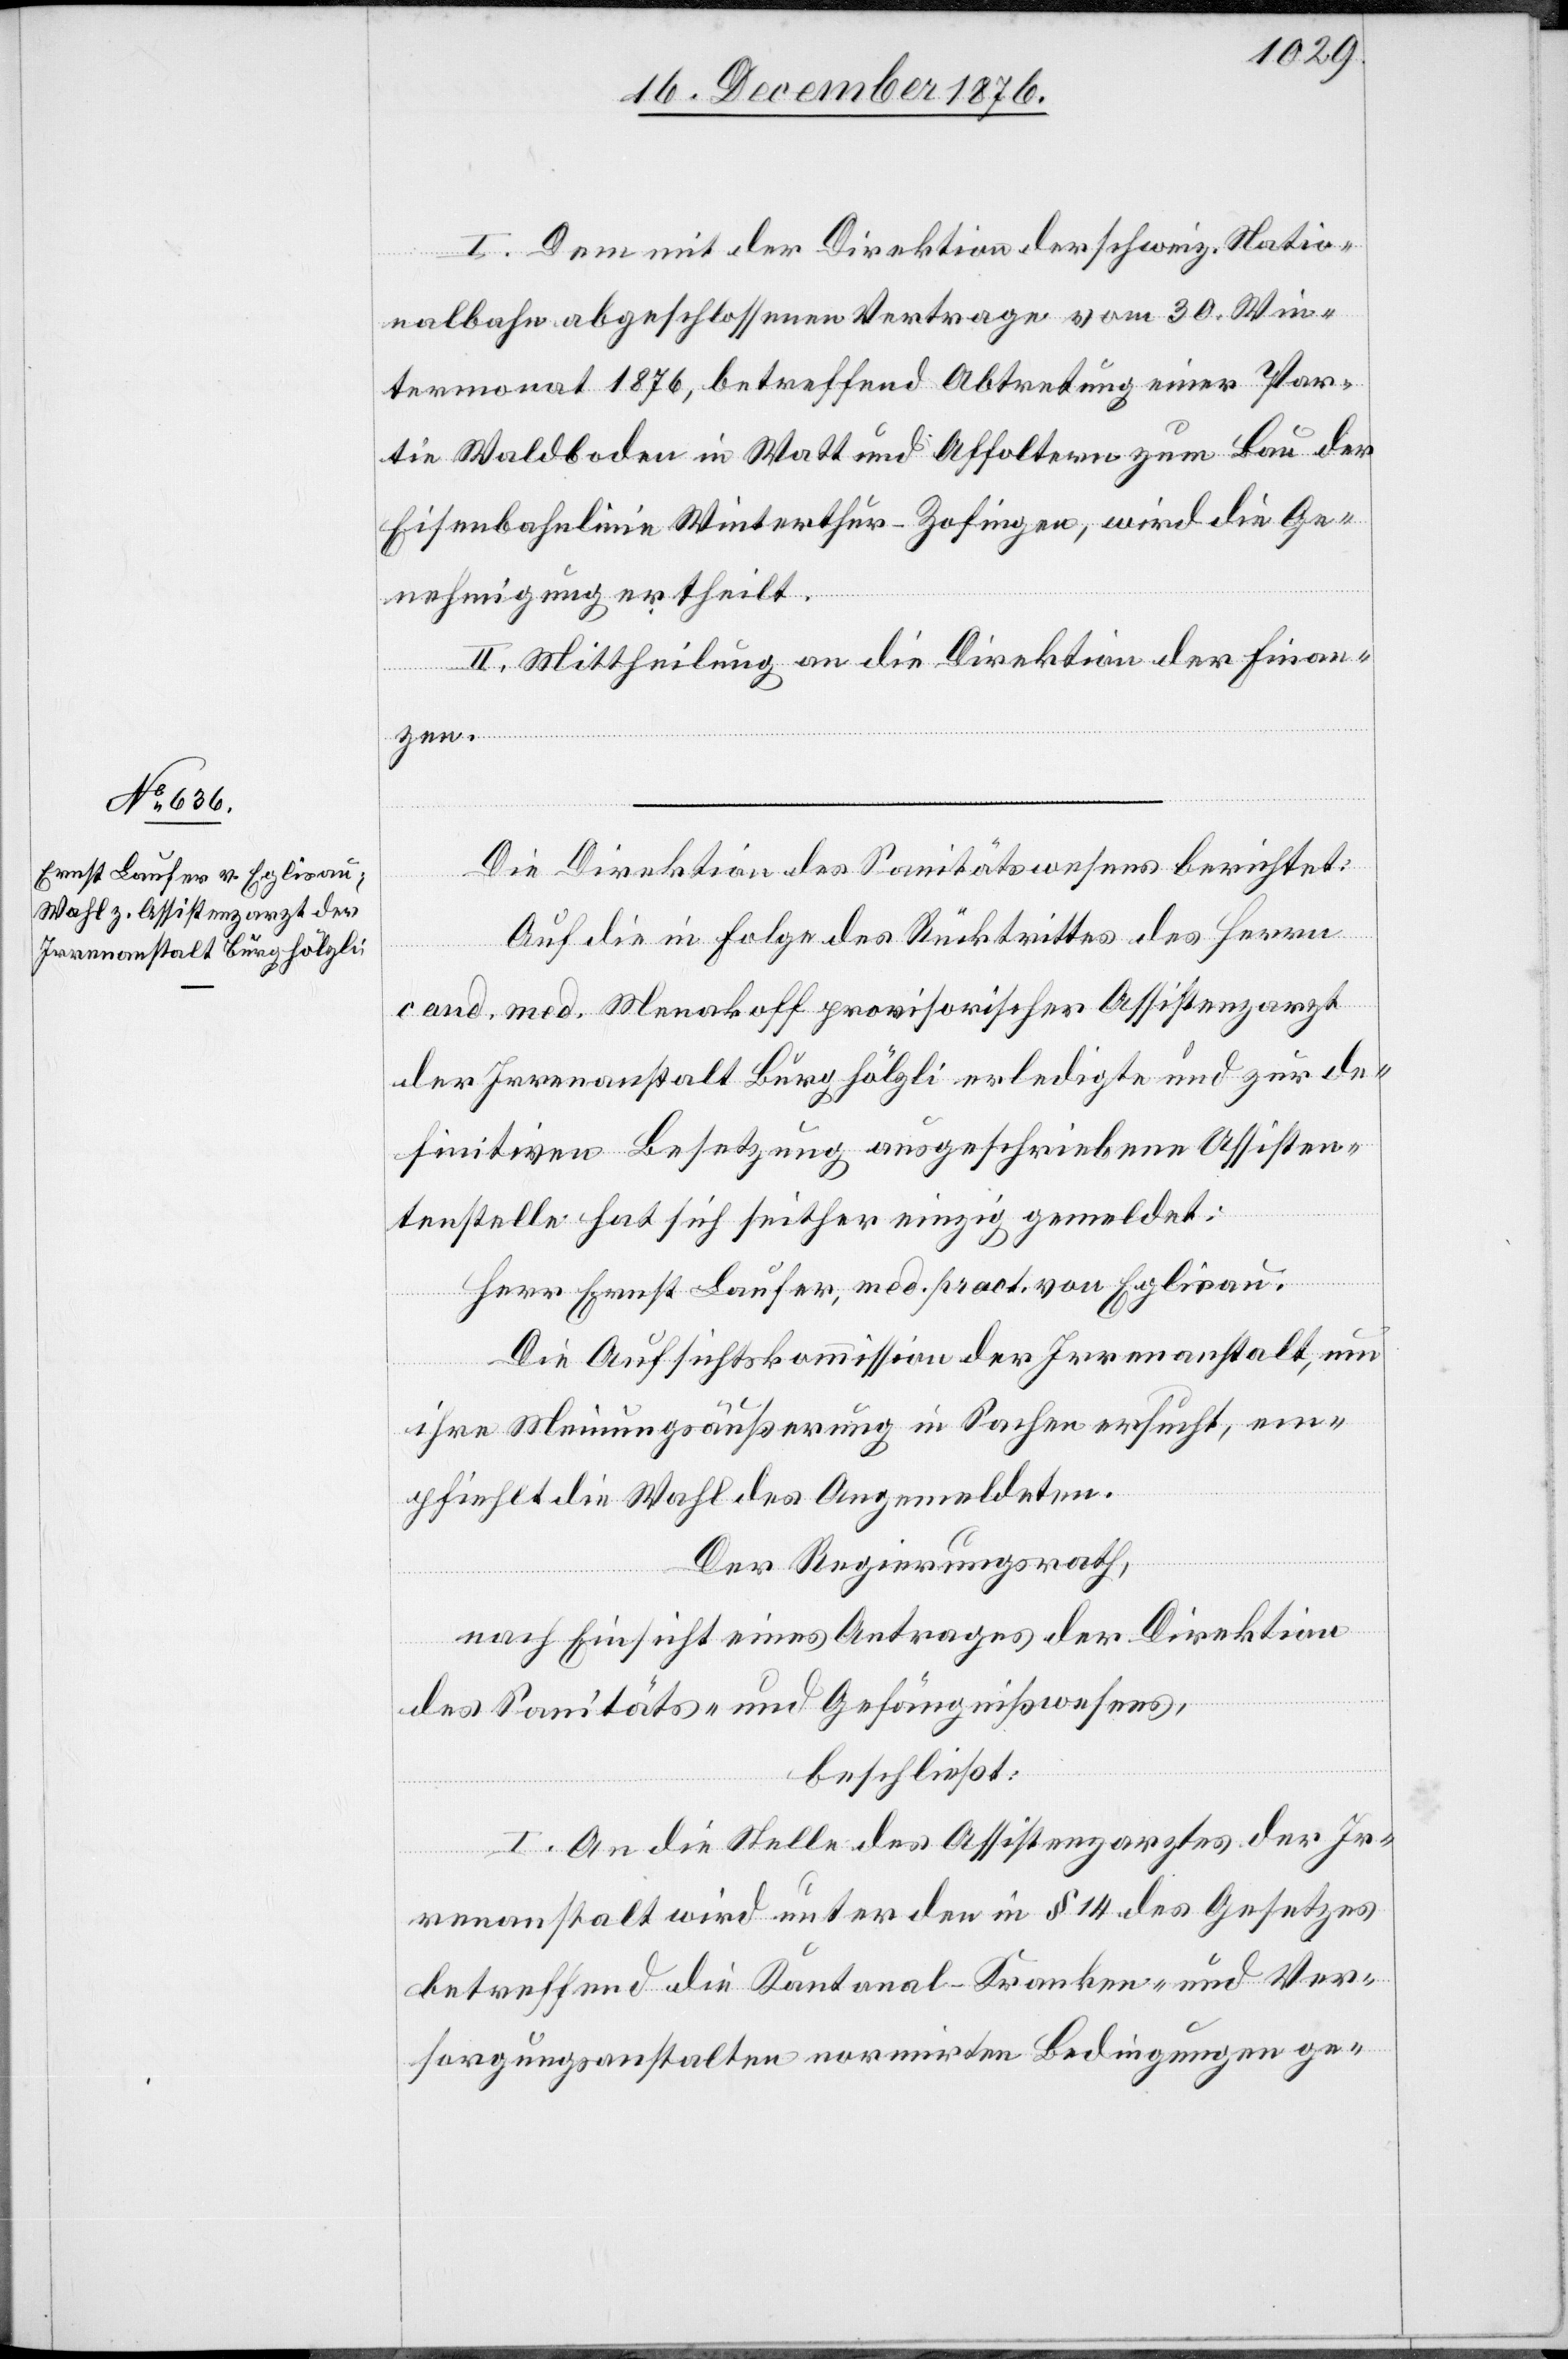
I. Dem mit der Direktion der schweiz. Natio¬
nalbahn abgeschlossenen Vertrage vom 30. Win¬
termonat 1876, betreffend Abtretung einer Par¬
tie Waldboden in Watt und Affoltern zum Bau der
Eisenbahnlinie Winterthur–Zofingen, wird die Ge¬
nehmigung ertheilt.
II. Mittheilung an die Direktion der Finan¬
zen.
Die Direktion des Sanitätswesens berichtet:
Auf die in Folge des Rücktrittes des Herrn
cand. med. Menakoff provisorischer Assistenzarzt
der Irrenanstalt Burghölzli erledigte und zur de¬
finitiven Besetzung ausgeschriebene Assisten¬
tenstelle hat sich seither einzig gemeldet:
Herr Ernst Laufer, med. pract. von Eglisau.
Die Aufsichtskommission der Irrenanstalt, um
ihre Meinungsäußerung in Sachen ersucht, em¬
pfiehlt die Wahl des Angemeldeten.
Der Regierungsrath,
nach Einsicht eines Antrages der Direktion
des Sanitäts- und Gefängnißwesens,
beschließt:
I. An die Stelle des Assistenzarztes der Ir¬
renanstalt wird unter den in § 14 des Gesetzes
betreffend die Kantonal-Kranken- und Ver¬
sorgungsanstalten normirten Bedingungen ge-